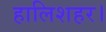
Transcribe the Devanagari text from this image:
हालिशहर।